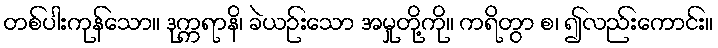
တစ်ပါးကုန်သော။ ဒုက္ကရာနိ၊ ခဲယဉ်းသော အမှုတို့ကို။ ကရိတွာ စ၊ ၍လည်းကောင်း။